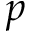
p